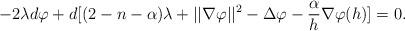
LaTeX: \begin{align*}-2\lambda d\varphi+d[(2-n-\alpha)\lambda+||\nabla \varphi||^2-\Delta \varphi-\frac{\alpha}{h}\nabla\varphi(h)]=0.\end{align*}